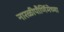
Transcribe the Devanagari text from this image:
नारळीपौर्णिमेच्या